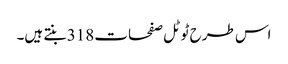
اس طرح ٹوٹل صفحات 318 بنتے ہیں۔